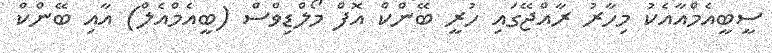
ސީބީއެމްއާއެކު މިހާރު ރާއްޖޭގައި ހުރީ ބޭންކް އޮފް މޯލްޑިވްސް (ބީއެމްއެލް) އާއި ބޭންކް